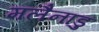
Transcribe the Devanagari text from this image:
मलैनाडु